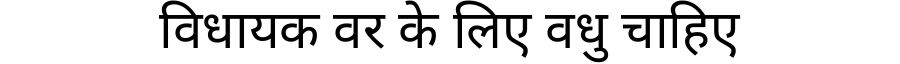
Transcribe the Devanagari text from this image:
विधायक वर के लिए वधु चाहिए